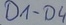
Text: D1-D4